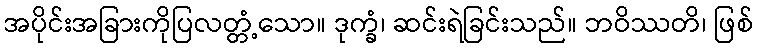
အပိုင်းအခြားကိုပြလတ္တံ့သော။ ဒုက္ခံ၊ ဆင်းရဲခြင်းသည်။ ဘဝိဿတိ၊ ဖြစ်